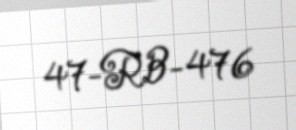
47-RB-476